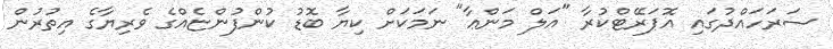
ސަރަހައްދުގައި އޮޕަރޭޓްކުރާ "އަލް މަންޢާ" ނަމަކަށް ކިޔާ ބޮޑު ކުންފުންޏެއްގެ ވެރިޔާގެ އިތުރުން